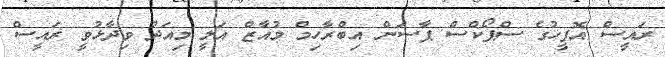
ރައީސް އޮފީހުގެ ސްޕޯކްސް ޕާސަން އިބްރާހިމް މުއާޒް އަލީ މިއަދު ވިދާޅުވީ ރައީސް